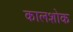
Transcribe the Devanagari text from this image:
कालशोक